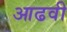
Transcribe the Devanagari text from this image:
आढवी